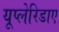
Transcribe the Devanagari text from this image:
यूप्लेरिडाए